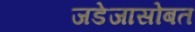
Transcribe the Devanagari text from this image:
जडेजासोबत